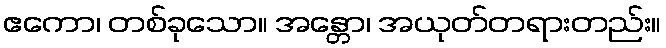
ဧကော၊ တစ်ခုသော။ အန္တော၊ အယုတ်တရားတည်း။